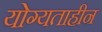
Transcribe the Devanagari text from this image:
योग्यताहीन